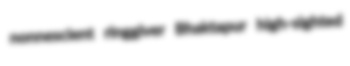
nonnescient ringgiver Bhaktapur high-sighted